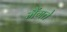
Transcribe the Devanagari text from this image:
मैंगते